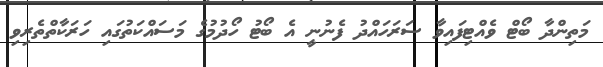
މަތިންދާ ބޯޓް ވެއްޓިފައިވާ ސަރަހައްދު ފެނުނީ އެ ބޯޓު ހޯދުމުގެ މަސައްކަތުގައި ހަރަކާތްތެރިވި